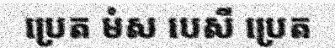
ប្រេត មំស បេសី ប្រេត